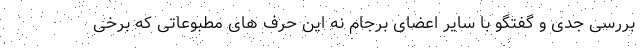
بررسی جدی و گفتگو با سایر اعضای برجام نه این حرف های مطبوعاتی که برخی